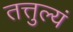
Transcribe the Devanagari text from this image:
तत्तुल्यं